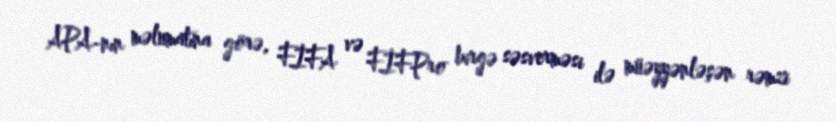
APA-nın məlumatına görə, FİFA və FİFPro birgə səsverməsi ilə müəyyənləşən rəmzi